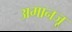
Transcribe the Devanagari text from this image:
अमानजू